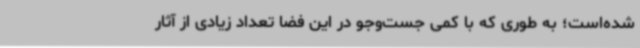
شده‌است؛ به طوری که با کمی جست‌وجو در این فضا تعداد زیادی از آثار